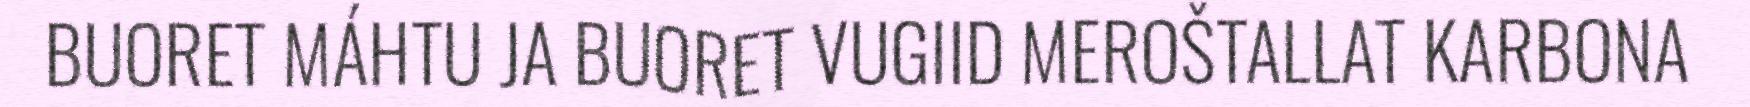
BUORET MÁHTU JA BUORET VUGIID MEROŠTALLAT KARBONA